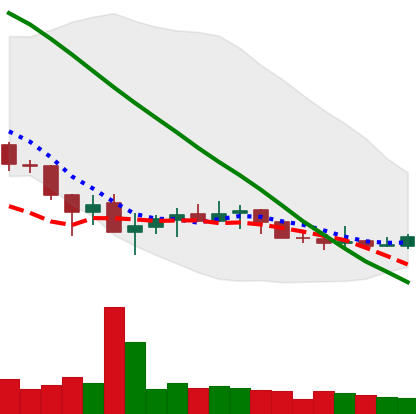
Ticker: XLM-USD
Chart end date: 2019-12-08
Forward return: -5.597%
Label: down_5_7